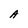
Character: A